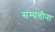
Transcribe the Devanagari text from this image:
संम्पत्तीना